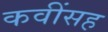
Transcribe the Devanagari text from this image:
कवींसह